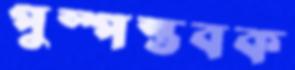
পুস্পস্তবক